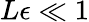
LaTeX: L\epsilon\ll 1